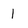
Character: 1